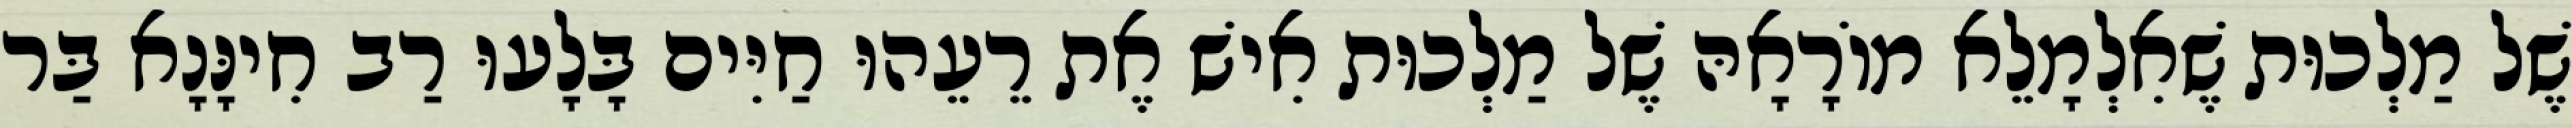
שֶׁל מַלְכוּת שֶׁאִלְמָלֵא מוֹרָאָהּ שֶׁל מַלְכוּת אִישׁ אֶת רֵעֵהוּ חַיִּים בָּלָעוּ רַב חִינָּנָא בַּר